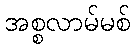
အစ္စလာမ်မစ်